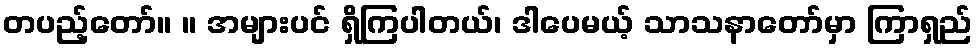
တပည့်တော်။ ။ အများပင် ရှိကြပါတယ်၊ ဒါပေမယ့် သာသနာတော်မှာ ကြာရှည်